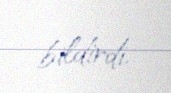
bildirdi.